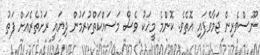
ނޫސްވެރިން ޖަމާވެފައި އޮތެވެ. ކޮންމެ މީހަކު ވެސް މަސައްކަތްކުރަމުން ދިޔައީ ރަށުތެރެއަށް ފަތު